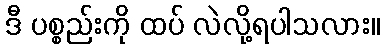
ဒီ ပစ္စည်းကို ထပ် လဲလို့ရပါသလား။